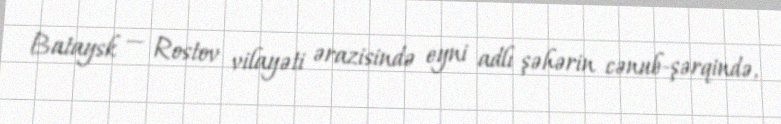
Bataysk — Rostov vilayəti ərazisində eyni adlı şəhərin cənub-şərqində,